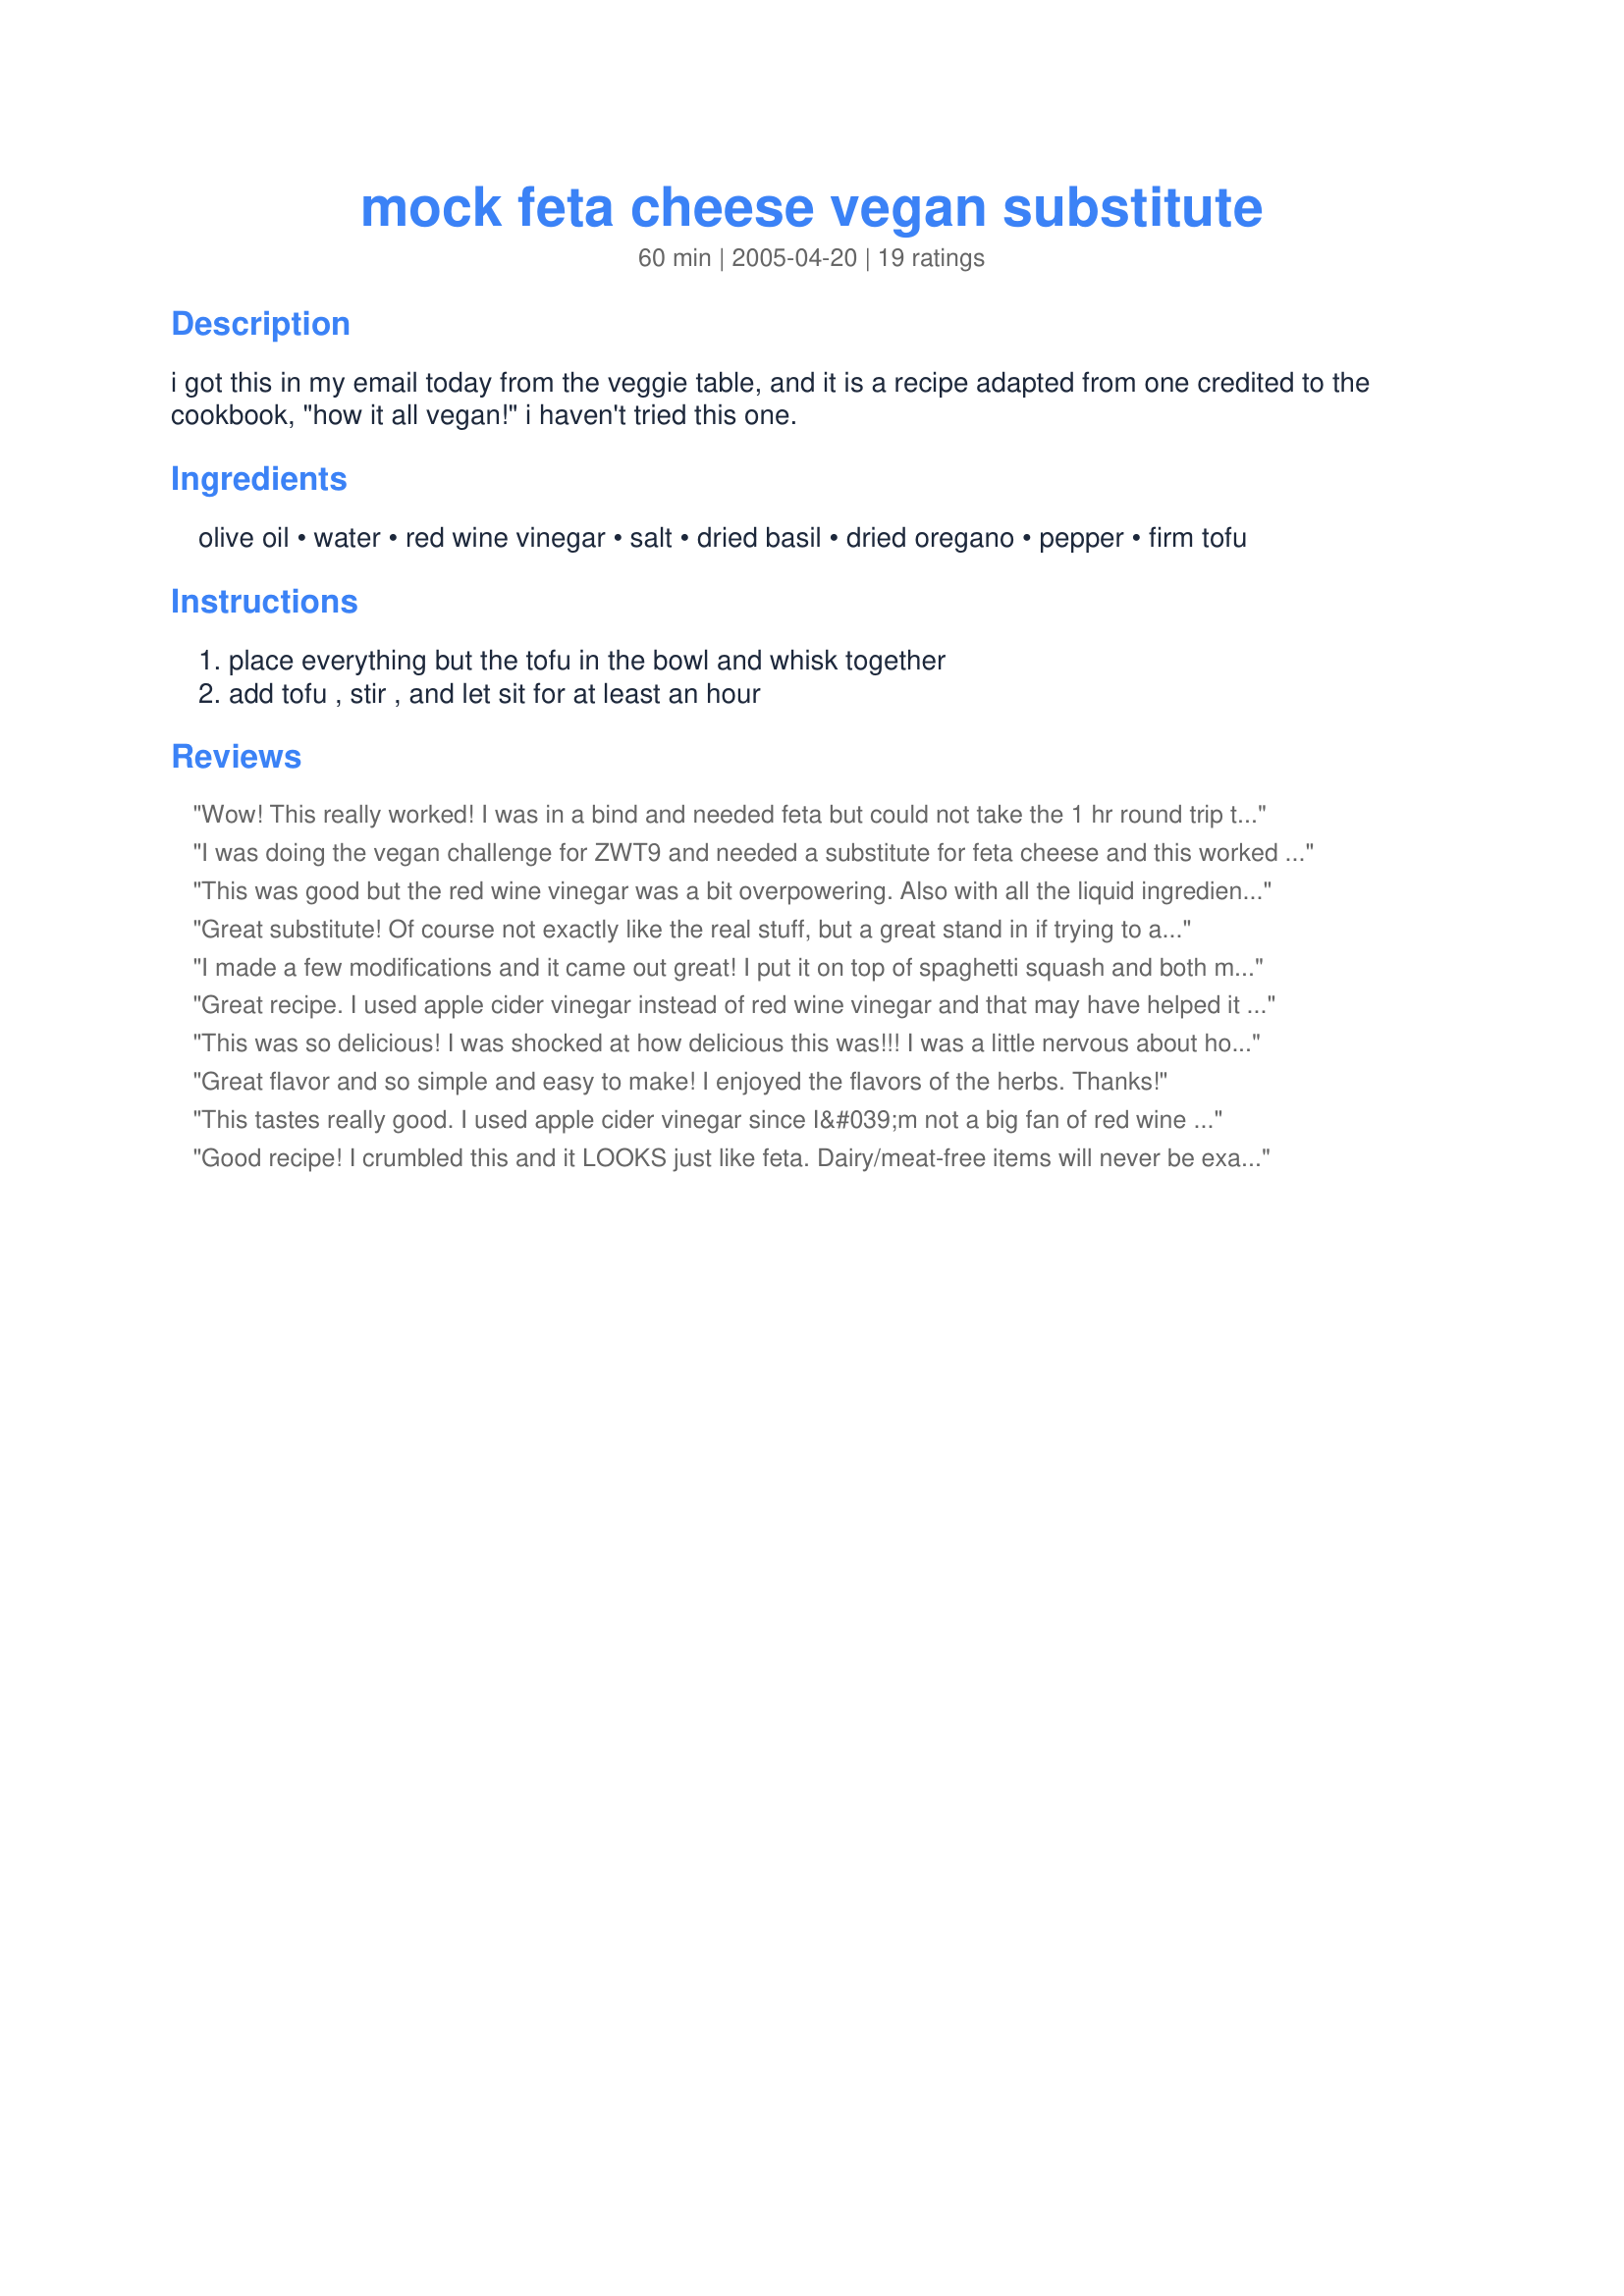
mock feta cheese vegan substitute
Preparation time: 60 minutes

i got this in my email today from the veggie table, and it is a recipe adapted from one credited to the cookbook, "how it all vegan!" i haven't tried this one.

Ingredients:
olive oil, water, red wine vinegar, salt, dried basil, dried oregano, pepper, firm tofu

Steps:
place everything but the tofu in the bowl and whisk together, add tofu , stir , and let sit for at least an hour

Reviews:
Wow! This really worked! I was in a bind and needed feta but could not take the 1 hr round trip to the store. This was very close and worked well. I would use this again if I was in a pinch. Thanks!
I was doing the vegan challenge for ZWT9 and needed a substitute for feta cheese and this worked out well. As a matter fact we liked it better than feta in the recipe I used. Very tasty, I used extra firm tofu and it worked well.
This was good but the red wine vinegar was a bit overpowering. Also with all the liquid ingredients in this recipe the mixture was a bit soupy. After letting it sit overnight to meld, I drained all the extra liquid I could off. Next time I will omit the olive oil and cut the red wine vinegar to 1/4 cup. This tasted great on cucumber slices and also on crackers. Tomorrow I'm going to try it in a Greek salad. Thanks for posting.
Great substitute! Of course not exactly like the real stuff, but a great stand in if trying to avoid dairy. Thanks so much!!
I made a few modifications and it came out great! I put it on top of spaghetti squash and both my husband and mother in law, who are not vegan, loved it. My husband is even asking me to make the same dish for lunch today so we can have the rest of the &quot;feta.&quot;&lt;br/&gt;Here are my modifications:&lt;br/&gt;First, I halved the recipe. For the vinegar I used 2tbs red wine vinegar and 2tbs apple cider vinegar. &lt;br/&gt;I added about 2 tbs nutritional yeast,and&lt;br/&gt;about 1/3 cup almond meal&lt;br/&gt;After leaving it for an hour to set it was still very wet, so I baked it at 350 for about 15 minutes. It was still after that a little wetter than I wanted it so next time I will probably cut down the liquids even more, but besides that it came out great and I definitely will be making it again.&lt;br/&gt;Thanks for the awesome recipe!
Great recipe. I used apple cider vinegar instead of red wine vinegar and that may have helped it have less of an overpowering taste. I'm not a big fan of feta, but one of my favorite recipes calls for it. This is a great substitute to give the same bite and salt as the feta, without any of those unfriendly dairy ingredients. Thanks for bringing back my grape and feta salad!
This was so delicious! I was shocked at how delicious this was!!! I was a little nervous about how raw tofu would taste...so I marinated it for 24 hours just to make sure the flavor would all soak in well and it did!!! My friends were even surprised when I told them it was tofu. ;) It must be the vinegar, but the tofu firmed up a little and made it perfectly decieving. I'm so excited about this fake feta and already have ideas on how I'm going to use it next. I used it to make Recipe #307532 and I believe the seasonings from this fake feta actually made it taste even better than real feta cheese would have (and I LOVE real feta). Thanks so much Vino Girl for another great recipe!
Great flavor and so simple and easy to make! I enjoyed the flavors of the herbs. Thanks!
This tastes really good. I used apple cider vinegar since I&#039;m not a big fan of red wine vinegar. It doesn&#039;t taste like feta to me. But it is a good substitute for it prepared this way. I&#039;ll definitely use this recipe again in the future.
Good recipe! I crumbled this and it LOOKS just like feta. Dairy/meat-free items will never be exact replicas, you need to just appreciate them for what they are- delicious stand-ins. This recipe held up well in that regard. I agree the red wine vinegar was a bit overpowering, I reduced it a pinch and still would have left more out. Served in a greek salad and have TONS left (even when halving recipe).
I used a half a pound of tofu and cubed it very small. I did squeeze some water out of it, but next time I will really try to get it a bit more dry so that it will soak up more of the goodness. I felt that it should have been MUCH saltier to reflect feta better and will add more salt next time I make it. I didn't find the vinegar overpowering. Used this in a greek chickpea salad that we put in a wrap. I think this would be very fun atop a salad which is what I will do with my leftovers :)
Really good...I have cheese issues and am a recovering cheese addict...this recipe is a wonderful withdrawal aid {{lol}}- I 1/2-ed the batch and let it sit in the marinade for over a day...my tofu was properly pressed as prepped and absorbed the flavor nicely...quite cheese like...I ate it with a rustic wheat sprout bread ala essene style and with a sprouted salad with oven dried herbed garden tomatoes...wonderful...thanks
Very tasty and very easy to make. I let it sit in a thin mesh strainer for awhile. Enjoy being a vegan but miss the cheeses! Thanks!
We will be using this recipe a LOT-- thanks!<br/>Marinated for an hour in the fridge and then drained through cheesecloth.
You have made me a convert to tofu. I have never liked it before. Great recipe for my daughter who is allergic to dairy. Thanks for sharing.
I LIKE this!
No, it's not a dead ringer for feta, but it's close enough, at least when I used it to replace the feta in my greens and pasta recipe from Molly Katzen (posted on Zaar).
I used frozen greens and instead of feta, used the mock variety. Enjoyed it very much!
I plan to do many times, perhaps changing the vinegar and/or spices to create other flavors.
Thanks for posting!!
This is a great recipe. I&#039;ve made it twice, the first time by the recipe, the second time replacing the water with the juice from a bottle of green olives and with apple cider vinegar. I preffered the second version, but both were great.
This was very tasty. Per some other reviews I modified it a bit. I reduced the olive oil a bit and the water too. I reduced the amount of vinegar and used half Braggs apple cider vinegar and half red wine vinegar. I also used extra firm tofu. I made it for delightful vegetable pasta salad and it was a big hit. Many asked me what kind of cheese it was! So easy. Thanks for posting!
I pressed my tofu for a full 15 hours before using it and then squeezed out any excess liquid and pressed it with a paper towel. Taking the advice of some of the reviewers, I doubled the salt and cut down on the vinegar; however, it wasn&#039;t vinegary enough for me and I added it back in. I put this all together in a mason jar with a couple sprigs of fresh oregano (I used chopped fresh oregano) and put it into the refrigerator. I marinated it for a couple days, turning the jar and shaking it up so the tofu cubes would all be covered. Today I tasted it and it is delicious. Salty like feta, it even has the texture of feta. Unfortunately, the red wine vinegar turned it colors, but I will make it again with Bragg&#039;s apple cider vinegar. What a great recipe. Thank you.
